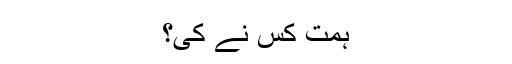
ہمت کس نے کی؟